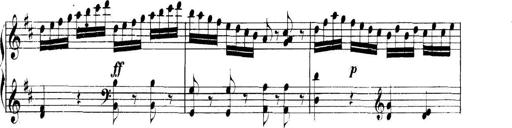
Title: Collected Piano Sonatas
Composer: Muzio Clementi